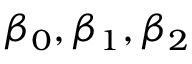
\beta _ { 0 } , \beta _ { 1 } , \beta _ { 2 }